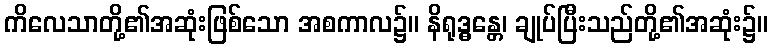
ကိလေသာတို့၏အဆုံးဖြစ်သော အစကာလ၌။ နိရုဒ္ဓန္တေ၊ ချုပ်ပြီးသည်တို့၏အဆုံး၌။